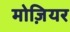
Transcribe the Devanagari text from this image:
मोज़ियर